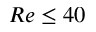
R e \leq 4 0